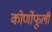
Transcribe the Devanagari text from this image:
कोर्णोफूली